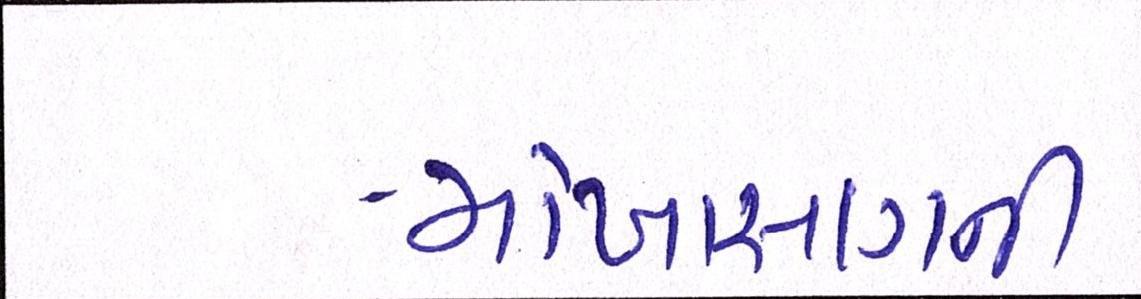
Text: મોખાસણની